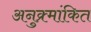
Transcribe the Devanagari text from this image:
अनुक्र्मांकित